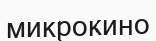
микрокино